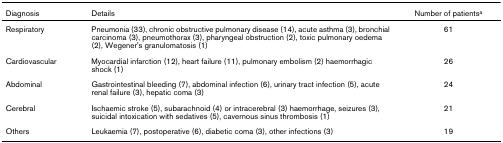
<table><thead><tr><td><b>Diagnosis</b></td><td><b>Details</b></td><td><b>Number of patients<sup>a</sup></b></td></tr></thead><tbody><tr><td>Respiratory</td><td>Pneumonia (33), chronic obstructive pulmonary disease (14), acute asthma (3), bronchial carcinoma (3), pneumothorax (3), pharyngeal obstruction (2), toxic pulmonary oedema (2), Wegener&#x27;s granulomatosis (1)</td><td>61</td></tr><tr><td>Cardiovascular</td><td>Myocardial infarction (12), heart failure (11), pulmonary embolism (2) haemorrhagic shock (1)</td><td>26</td></tr><tr><td>Abdominal</td><td>Gastrointestinal bleeding (7), abdominal infection (6), urinary tract infection (5), acute renal failure (3), hepatic coma (3)</td><td>24</td></tr><tr><td>Cerebral</td><td>Ischaemic stroke (5), subarachnoid (4) or intracerebral (3) haemorrhage, seizures (3), suicidal intoxication with sedatives (5), cavernous sinus thrombosis (1)</td><td>21</td></tr><tr><td>Others</td><td>Leukaemia (7), postoperative (6), diabetic coma (3), other infections (3)</td><td>19</td></tr></tbody></table>